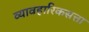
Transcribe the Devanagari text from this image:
व्यावहारिकसत्ता